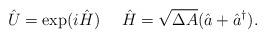
LaTeX: \begin{align*}\hat{U}= \exp (i\hat{H}) \ \ \ \ \hat{H}=\sqrt{\Delta A}(\hat a+\hat a^{\dag}).\end{align*}